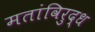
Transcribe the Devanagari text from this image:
मतांविरुद्ध